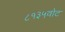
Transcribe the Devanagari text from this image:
८१३५वोट